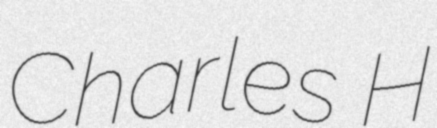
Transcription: Charles H